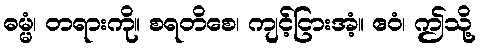
ဓမ္မံ၊ တရားကို။ စရတိစေ၊ ကျင့်ငြားအံ့။ ဧဝံ၊ ဤသို့